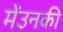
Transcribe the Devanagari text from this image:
मेंउनकी